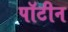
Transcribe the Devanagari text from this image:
पॉटीन